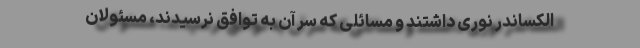
الکساندر نوری داشتند و مسائلی که سر آن به توافق نرسیدند، مسئولان